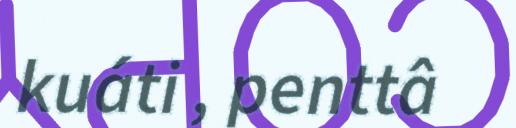
kuáti , penttâ